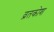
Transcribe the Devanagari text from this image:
व्रतकोश